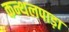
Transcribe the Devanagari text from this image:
कन्थलपाड़ा